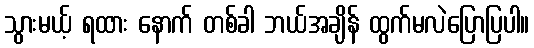
သွားမယ့် ရထား နောက် တစ်ခါ ဘယ်အချိန် ထွက်မလဲပြောပြပါ။